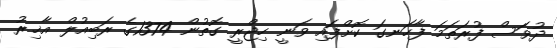
ދުވަސް ފުރަތަމަ ފާހަނގަ ކޮށްފައި ވަނީ ހިޖްރީ ގޮތުން 1374ގެ ރަބިއުލް އާޚިރު